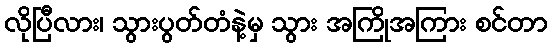
လိုပြီလား၊ သွားပွတ်တံနဲ့မှ သွား အကြိုအကြား စင်တာ